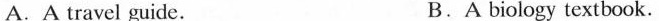
A.A travel guide. B.A biology textbook.